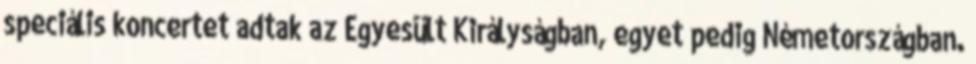
speciális koncertet adtak az Egyesült Királyságban, egyet pedig Németországban.